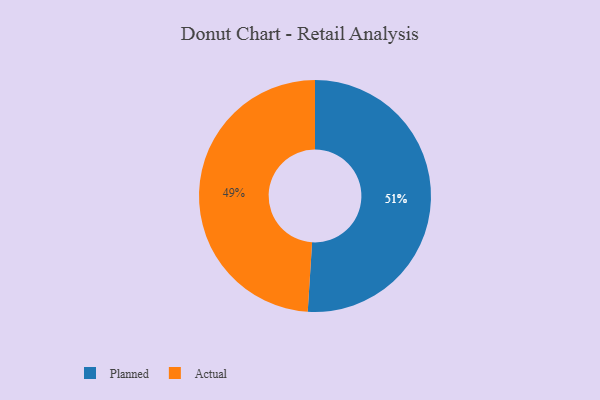
{"axis": {"x": "Category", "y": "Percentage"}, "legend": ["Actual", "Planned"], "data": [{"x": "Planned", "y": 51, "type": "Planned"}, {"x": "Actual", "y": 49, "type": "Actual"}]}